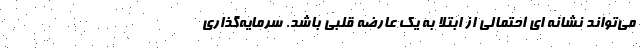
می‌تواند نشانه ای احتمالی از ابتلا به یک عارضه قلبی باشد. سرمایه‌گذاری